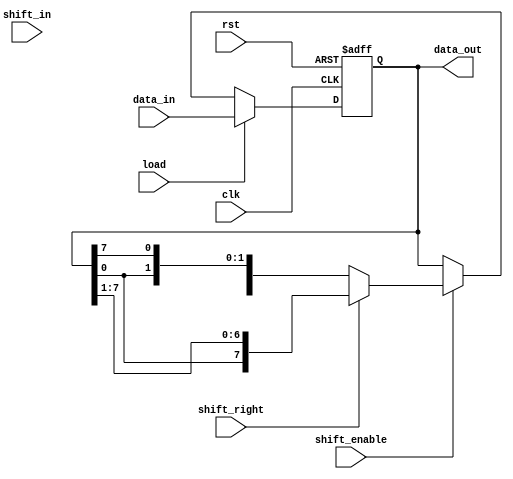
module universal_shift_register(
  input wire clk,
  input wire rst,
  input wire shift_right,
  input wire load,
  input wire shift_in,
  input wire shift_enable,
  input wire [7:0] data_in,
  output reg [7:0] data_out
);

reg [7:0] shift_reg;

always @(posedge clk or posedge rst) begin
  if (rst) begin
    shift_reg <= 8'b0;
  end else begin
    if (load) begin
      shift_reg <= data_in;
    end else if (shift_enable) begin
      if (shift_right) begin
        shift_reg <= {shift_reg[0], shift_reg[7:1]};
      end else begin
        shift_reg <= {shift_reg[6:0], shift_reg[7]};
      end
    end
  end
end

assign data_out = shift_reg;

endmodule